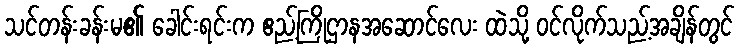
သင်တန်းခန်းမ၏ ခေါင်းရင်းက ဧည့်ကြိုဌာနအဆောင်လေး ထဲသို့ ဝင်လိုက်သည့်အချိန်တွင်